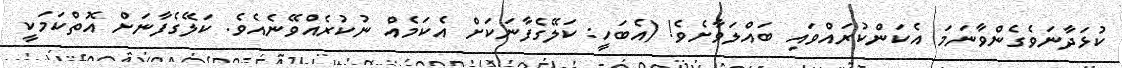
ކުޅަދާނަވެގެންވާނަމަ އެކަންކުރައްވައި ބައްލަވާށެވެ! (އެބަހީ: ކަލޭގެފާނަކަށް އެކަމެއް ނުކުރެއްވޭނެއެވެ. ކަލޭގެފާނަށް އޮތްކަމަކީ